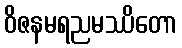
ဝိဇနမရညမဿိတော